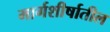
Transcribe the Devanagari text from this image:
मार्गशीर्षातील